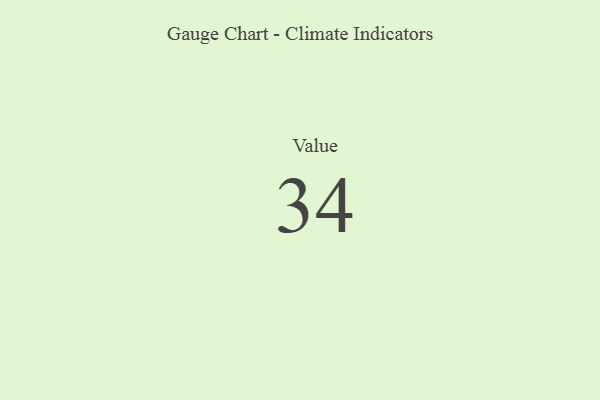
{"axis": {"x": "Metric", "y": "Value"}, "legend": [""], "data": [{"x": "Value", "y": 34, "type": ""}]}